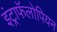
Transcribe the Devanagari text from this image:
इंट्राफॅलोपियन